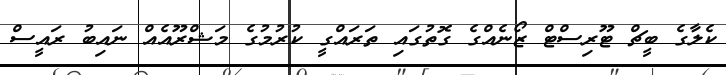
ކެލާގެ ބީޗް ޓޫރިސްޓް ޒޯނެއްގެ ގޮތުގައި ތަރައްގީ ކުރުމުގެ މަޝްރޫއެއް ނައިބު ރައީސް